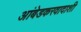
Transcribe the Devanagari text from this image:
आंबेडकरवादाशी